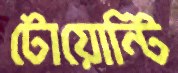
টোয়োন্টি